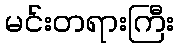
မင်းတရားကြီး